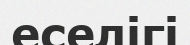
еселігі